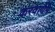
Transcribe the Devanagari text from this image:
करवायेंगे